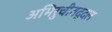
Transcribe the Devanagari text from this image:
अभिरुचीबद्दल